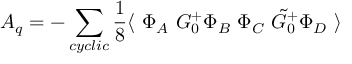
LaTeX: { \cal A } _ { q } = - \sum _ { c y c l i c } \frac { 1 } { 8 } \langle ~ \Phi _ { A } ~ G _ { 0 } ^ { + } \Phi _ { B } ~ \Phi _ { C } ~ \tilde { G } _ { 0 } ^ { + } \Phi _ { D } ~ \rangle